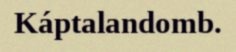
Káptalandomb.